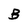
Character: B